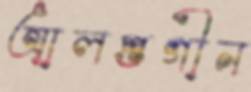
আলপ্তগীন